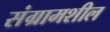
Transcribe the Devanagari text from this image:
संग्रामशील